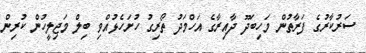
ސަރުކާރުގެ ފަރާތުން މަހިބަދޫ ދާއިރާގެ އަހްމަދު ތޯރިގު ހުށަހެޅުއްވި ބިލް މަޖިލީހުން ކުރިން